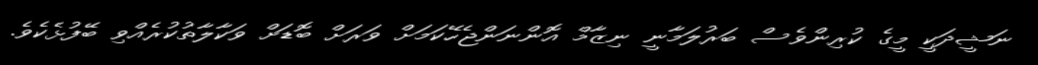
ނަޝީދަކީ މީގެ ކުރިންވެސް ބަރުލަމާނީ ނިޒާމް އޮންނަންޖެހޭކަމަށް ވަރަށް ބޮޑަށް ވަކާލާތުކުރެއްވި ބޭފުޅެކެވެ.